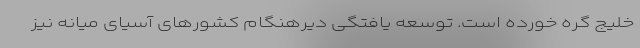
خلیج گره خورده است. توسعه یافتگی دیرهنگام کشورهای آسیای میانه نیز